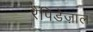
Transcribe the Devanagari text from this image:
रैपिडेज़ाल